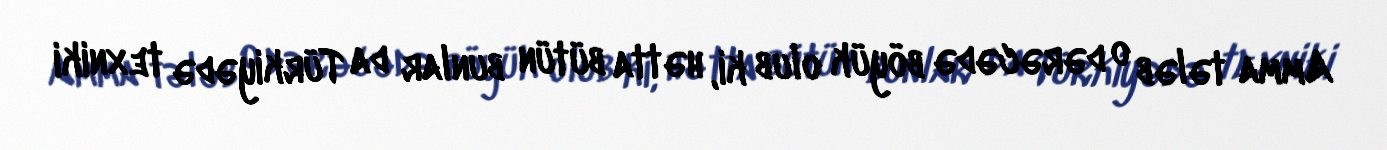
Amma tələb o dərəcədə böyük olub ki, hətta bütün bunlar da Türkiyədə texniki